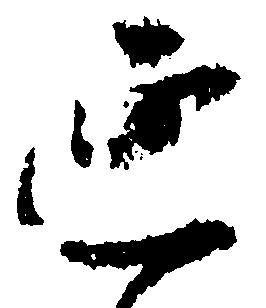
延